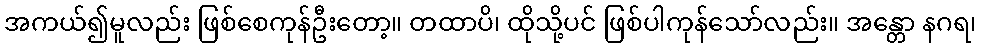
အကယ်၍မူလည်း ဖြစ်စေကုန်ဦးတော့။ တထာပိ၊ ထိုသို့ပင် ဖြစ်ပါကုန်သော်လည်း။ အန္တော နဂရ၊